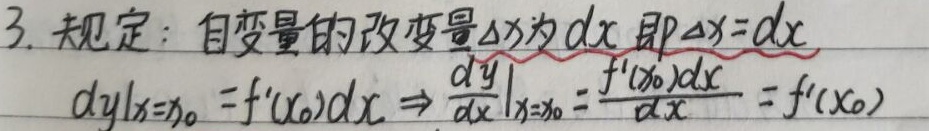
3. 规定：自变量的改变量\(\Delta x\)为\(dx\)，即\(\Delta x = dx\)。
\(\left.dy\right|_{x = x_0}=f'(x_0)dx\Rightarrow\left.\frac{dy}{dx}\right|_{x = x_0}=\frac{f'(x_0)dx}{dx}=f'(x_0)\)